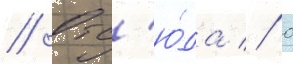
// Отс'ю́да // 0